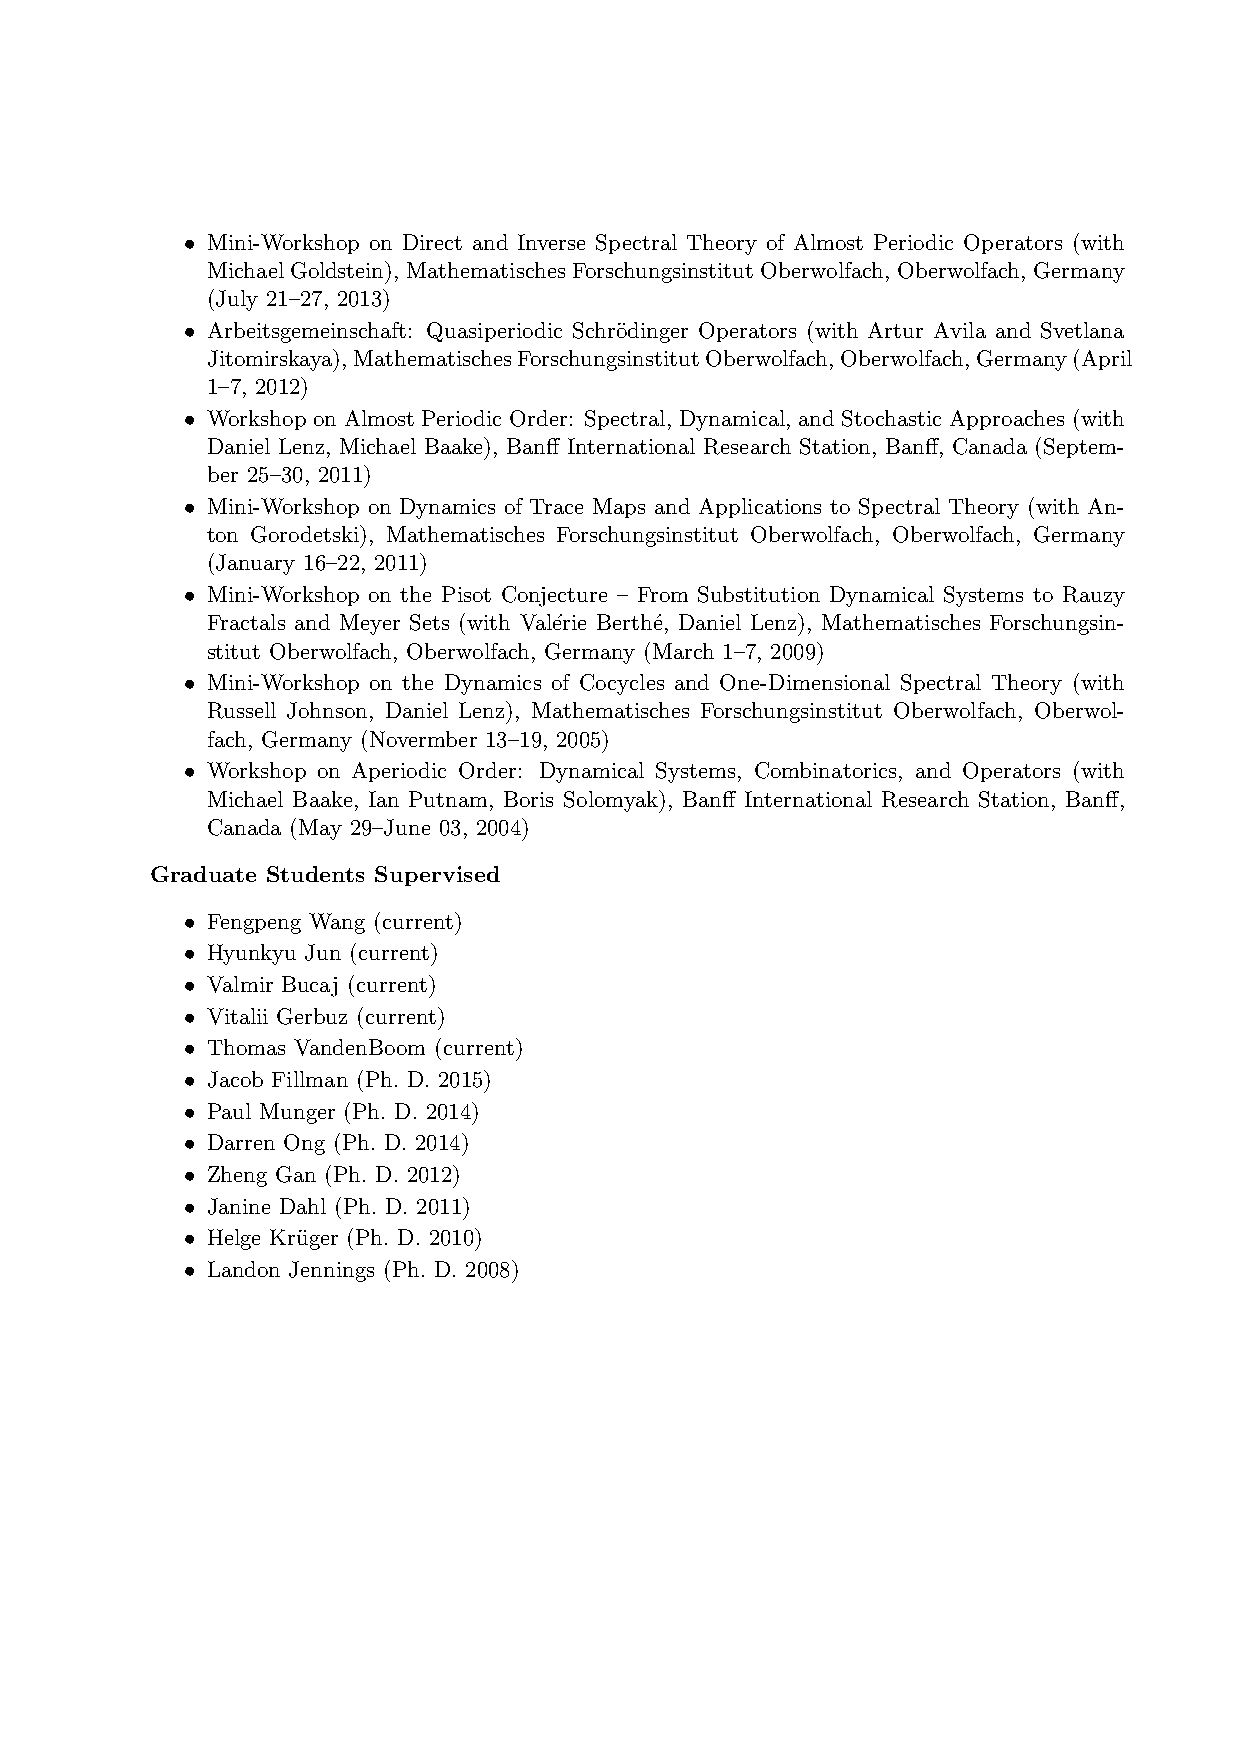
• Mini-Workshop on Direct and Inverse Spectral Theory of Almost Periodic Operators (with
 MichaelGoldstein), MathematischesForschungsinstitutOberwolfach, Oberwolfach, Germany
 (July 21–27, 2013)
 • Arbeitsgemeinschaft: Quasiperiodic Schr¨odinger Operators (with Artur Avila and Svetlana
 Jitomirskaya),MathematischesForschungsinstitutOberwolfach,Oberwolfach,Germany(April
 1–7, 2012)
 • Workshop on Almost Periodic Order: Spectral, Dynamical, and Stochastic Approaches (with
 Daniel Lenz, Michael Baake), Banff International Research Station, Banff, Canada (Septem-
 ber 25–30, 2011)
 • Mini-Workshop on Dynamics of Trace Maps and Applications to Spectral Theory (with An-
 ton Gorodetski), Mathematisches Forschungsinstitut Oberwolfach, Oberwolfach, Germany
 (January 16–22, 2011)
 • Mini-Workshop on the Pisot Conjecture – From Substitution Dynamical Systems to Rauzy
 Fractals and Meyer Sets (with Val´erie Berth´e, Daniel Lenz), Mathematisches Forschungsin-
 stitut Oberwolfach, Oberwolfach, Germany (March 1–7, 2009)
 • Mini-Workshop on the Dynamics of Cocycles and One-Dimensional Spectral Theory (with
 Russell Johnson, Daniel Lenz), Mathematisches Forschungsinstitut Oberwolfach, Oberwol-
 fach, Germany (Novermber 13–19, 2005)
 • Workshop on Aperiodic Order: Dynamical Systems, Combinatorics, and Operators (with
 Michael Baake, Ian Putnam, Boris Solomyak), Banff International Research Station, Banff,
 Canada (May 29–June 03, 2004)
 Graduate Students Supervised
 • Fengpeng Wang (current)
 • Hyunkyu Jun (current)
 • Valmir Bucaj (current)
 • Vitalii Gerbuz (current)
 • Thomas VandenBoom (current)
 • Jacob Fillman (Ph. D. 2015)
 • Paul Munger (Ph. D. 2014)
 • Darren Ong (Ph. D. 2014)
 • Zheng Gan (Ph. D. 2012)
 • Janine Dahl (Ph. D. 2011)
 • Helge Kru¨ger (Ph. D. 2010)
 • Landon Jennings (Ph. D. 2008)